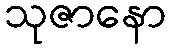
သုဇာနော